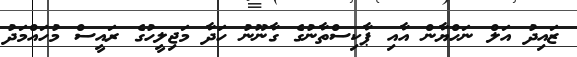
ޒައިދު އަލް ނަހްޔާން އާއި ޕާކިސްތާނުގެ ގާނޫނު ހަދާ މަޖިލީހުގެ ރައީސް މުހައްމަދު